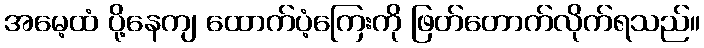
အမေ့ထံ ပို့နေကျ ထောက်ပံ့ကြေးကို ဖြတ်တောက်လိုက်ရသည်။